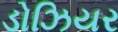
ડોઝિયર